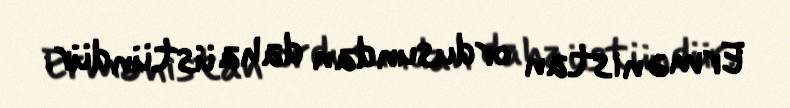
Ermənistan ordusundan daha üstündür.